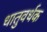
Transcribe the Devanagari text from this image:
धातुवर्धक